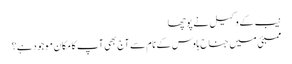
نیب کے وکیل نے پوچھا
ممبئی میں جناح ہاوس کے نام سے آج بھی آپ کا مکان موجود ہے؟